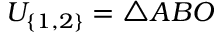
U _ { \{ 1 , 2 \} } = \triangle A B O